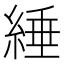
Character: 綞